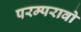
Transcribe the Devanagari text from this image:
परम्परावो